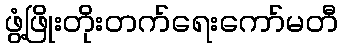
ဖွံ့ဖြိုးတိုးတက်ရေးကော်မတီ